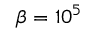
\beta = 1 0 ^ { 5 }